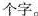
个字。